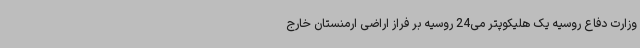
وزارت دفاع روسیه یک هلیکوپتر می24 روسیه بر فراز اراضی ارمنستان خارج